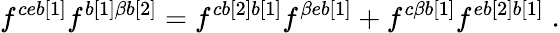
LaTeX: f^{ceb[1]}f^{{b[1]\beta b[2]}}=f^{cb[2]b[1]}f^{{\beta eb[1]}}+f^{{c\beta b[1]}}f^{eb[2]b[1]}\; .